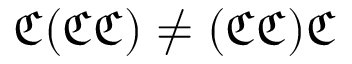
{ \mathfrak { C } } ( { \mathfrak { C } } { \mathfrak { C } } ) \not = ( { \mathfrak { C } } { \mathfrak { C } } ) { \mathfrak { C } }